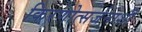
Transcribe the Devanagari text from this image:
किरणोत्सर्जनाशी